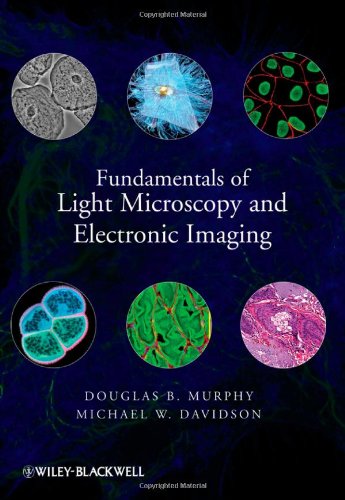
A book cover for Fundamentals of Light Microscopy and Electronic Imaging; Douglas B. Murphy; Science & Math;